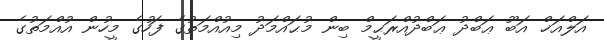
އަލްއަޚް އަބޫ ޢަބްދު ޢަބްދުއްރަޙީމް ބިން މުޙައްމަދު މިއުއްމަތުގެ ފަހުގެ މީހުން އުއްމަތުގެ